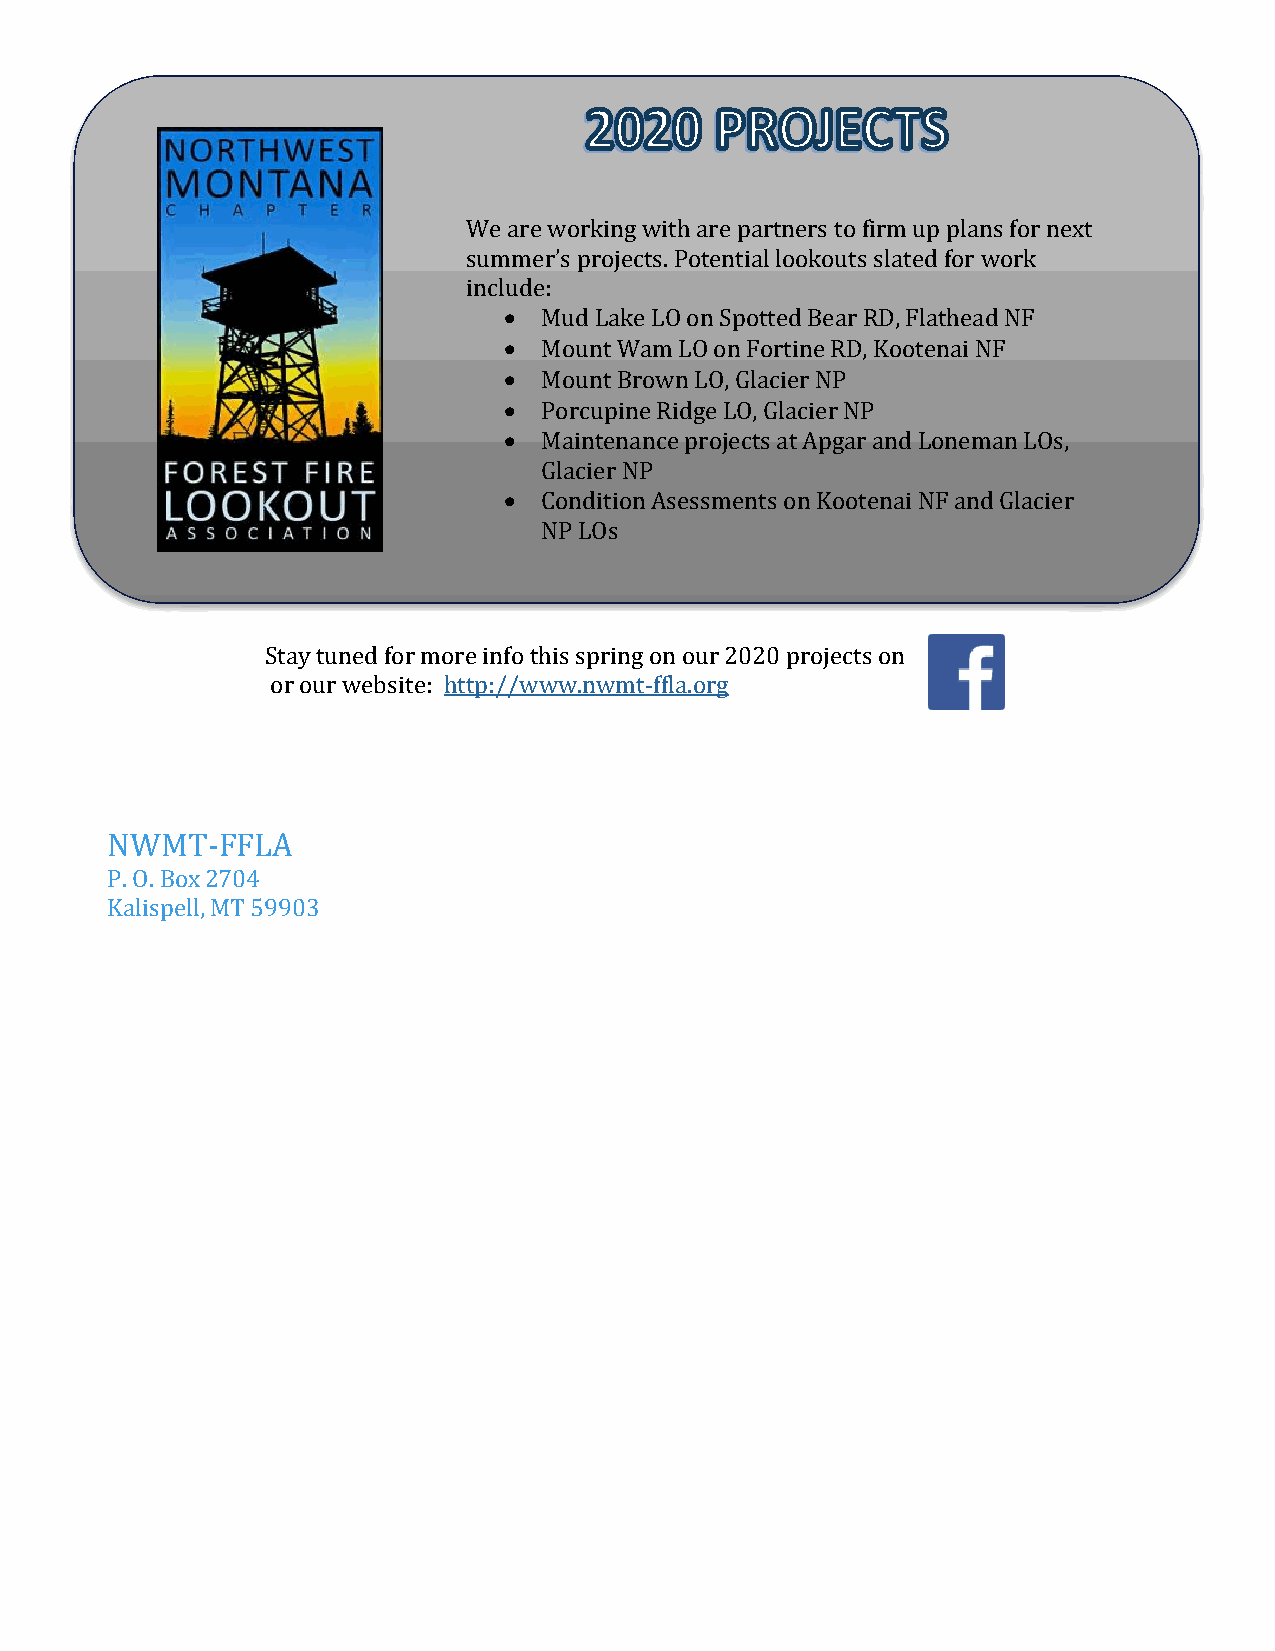
We are working with are partners to firm up plans for next
 sum•m er’s projects. Potential lookouts slated for work
 incl•u de:
 •  Mud Lake LO on Spotted B ear RD, Flathead NF
 •  Mount Wam LO on Fortine RD, Kootenai NF
 •  Mount Brown LO, Glacier NP
 Porcupine Ridge LO, Glacier NP
 •  Maintenance projects at Apgar and Loneman LOs,
 Glacier NP
 Condition Asessments on Kootenai NF and Glacier
 NP LOs
 Stay tuned for more info this spring on our 2020 projects on
 or our website: http://www.nwmt-ffla.org
 NWMT-FFLA
 P. O. Box 2704
 Kalispell, MT 59903